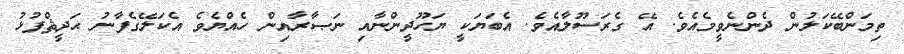
ތިމަންބޭކަލުން ދެންނެވީމެއެވެ. އޭ ގެރަސޫލާއެވެ. އެބަޔަކީ ޔަހޫދީންނާއި ނަޞާރާއިން ހެއްޔެވެ އެކަލޭގެފާނު ޙަދީޘްފުޅު